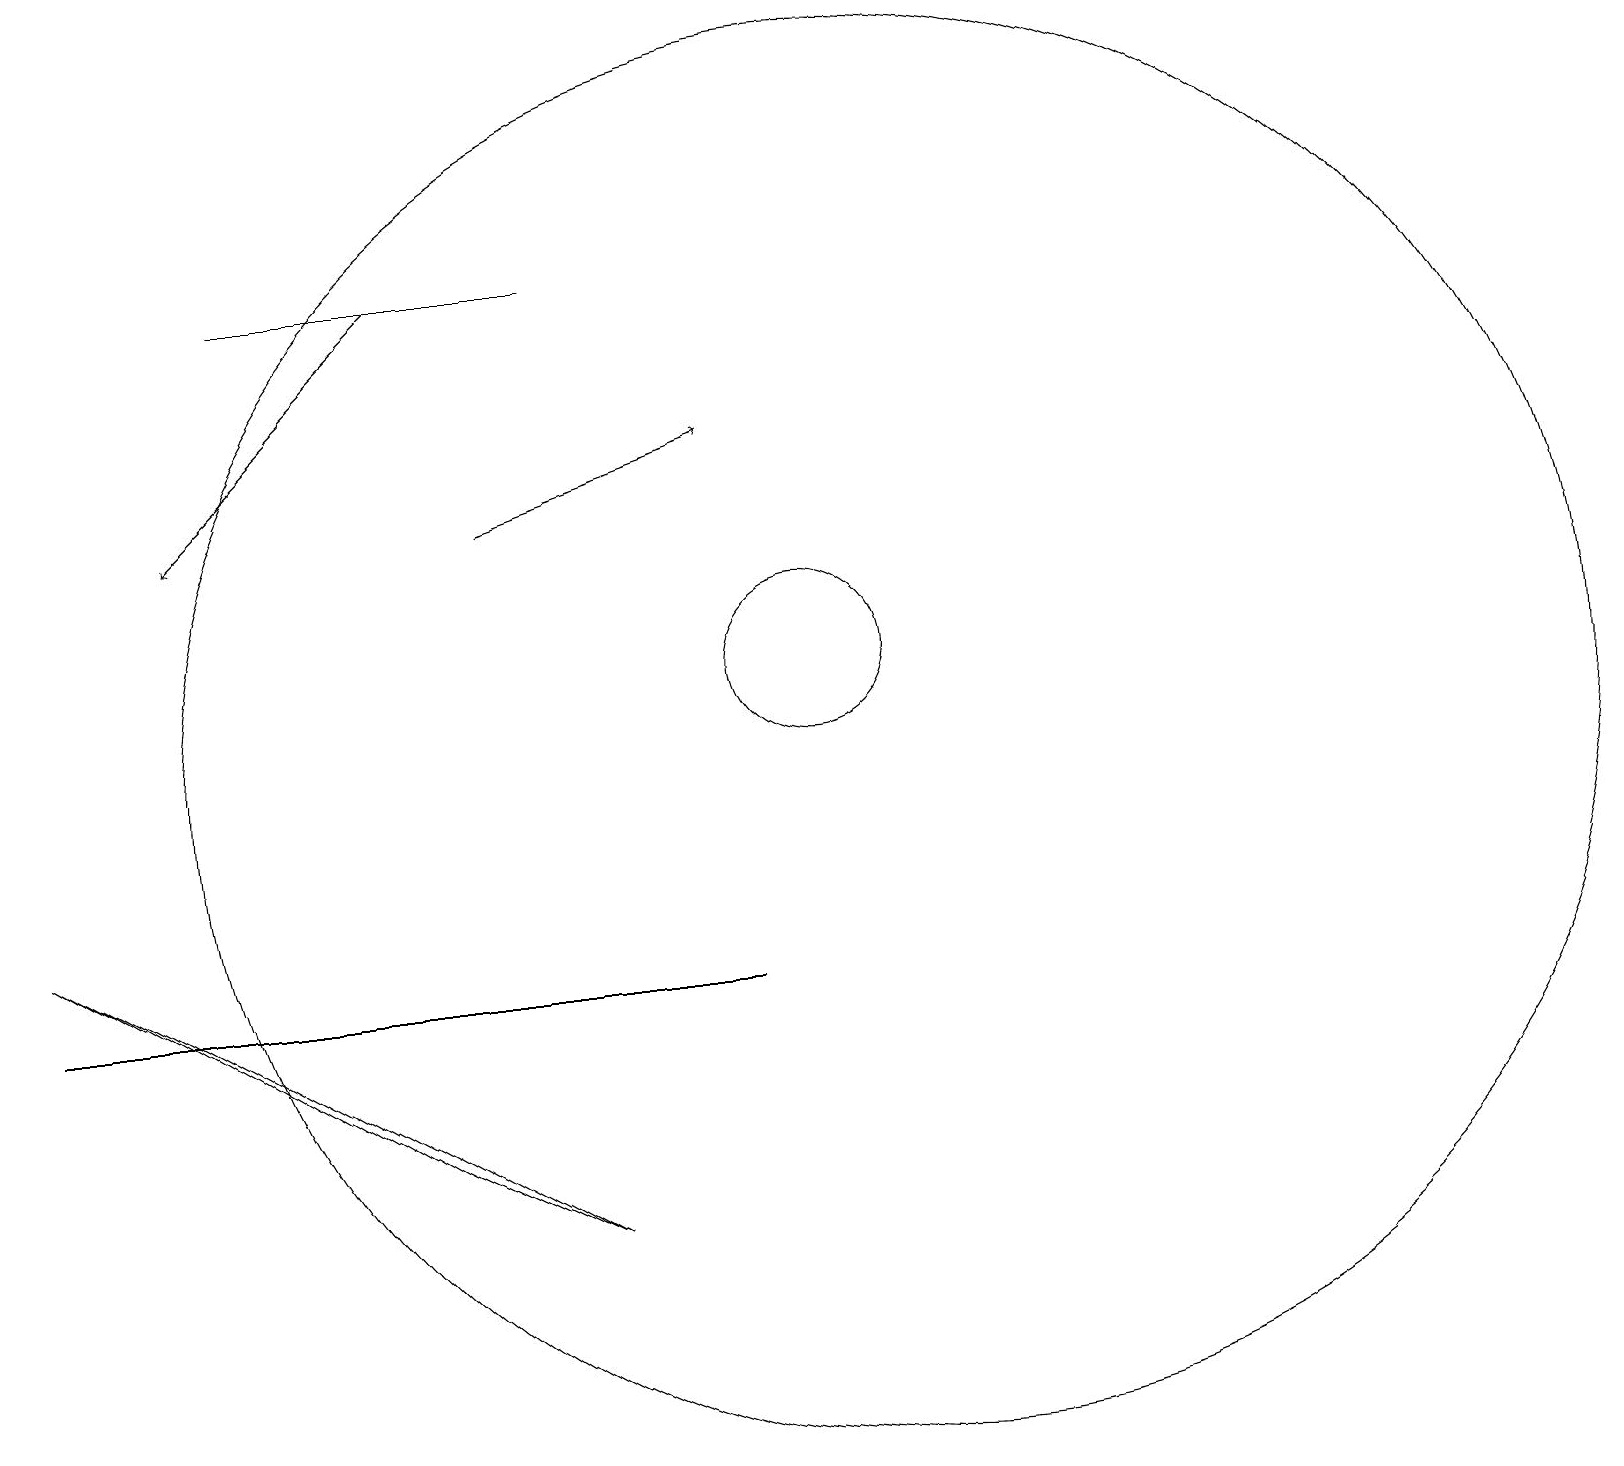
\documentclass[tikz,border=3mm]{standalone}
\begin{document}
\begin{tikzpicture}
\draw[->] (5,17) -- (2,14);
\draw (5,6) -- (7,5) -- (0,9) -- cycle;
\draw (3,17) rectangle (7,17);
\draw (0,8) -- (4,8) -- (9,8) -- cycle;
\draw[->] (6,14) -- (9,15);
\draw (11,11) circle (9);
\draw (10,12) circle (1);
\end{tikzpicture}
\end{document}